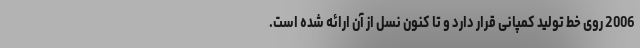
2006 روی خط تولید کمپانی قرار دارد و تا کنون نسل از آن ارائه شده است.